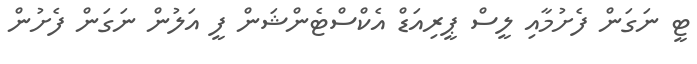
ޓީ ނަގަން ފެށުމާއި ލީސް ޕީރިއަޑް އެކްސްޓެންޝަން ފީ އަލުން ނަގަން ފެށުން